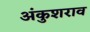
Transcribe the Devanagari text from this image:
अंकुशराव